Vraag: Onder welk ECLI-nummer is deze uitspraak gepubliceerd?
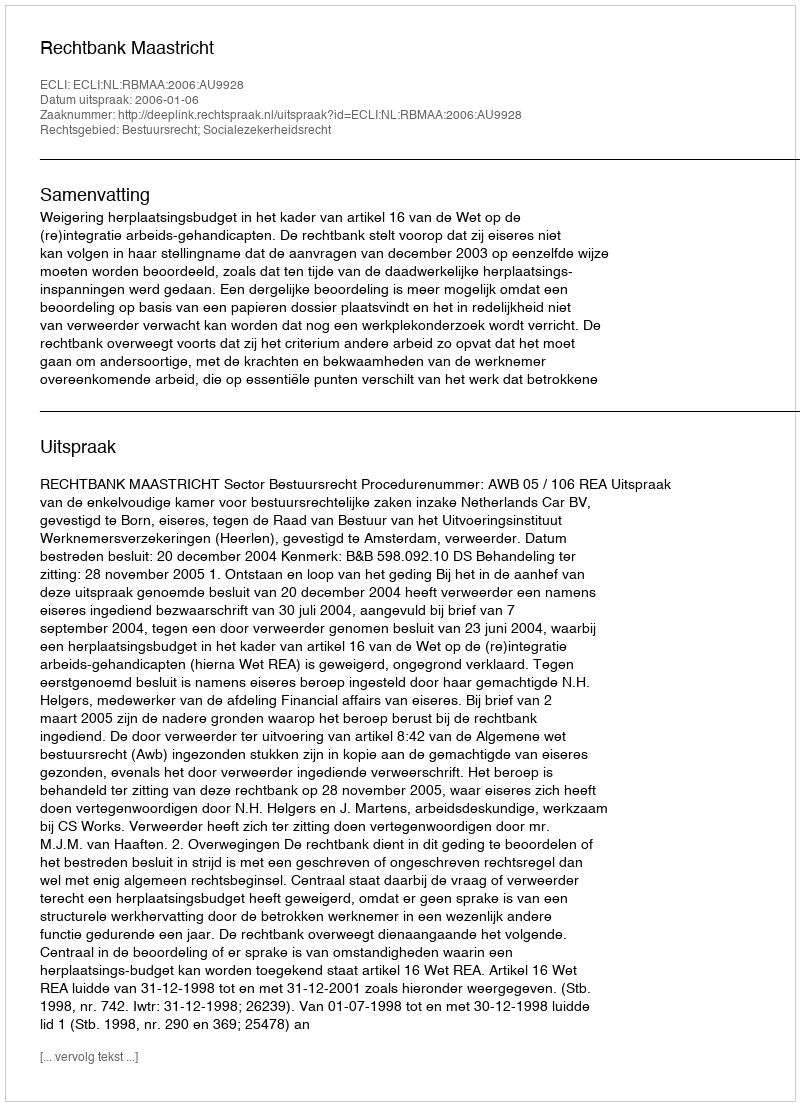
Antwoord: ECLI:NL:RBMAA:2006:AU9928